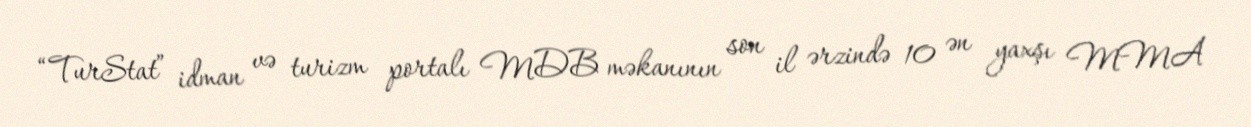
“TurStat” idman və turizm portalı MDB məkanının son il ərzində 10 ən yaxşı MMA